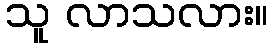
သူ လာသလား။